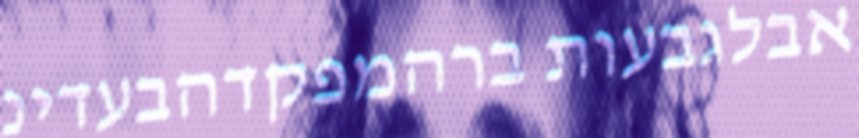
אבלגבעות ברהמפקדהבעדינ